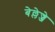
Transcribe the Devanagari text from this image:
बेल्लेज्जे